Annual report of the Punjab Veterinary College and of the Civil Veterinary Department, Punjab - 1920-1925
Year: 1920
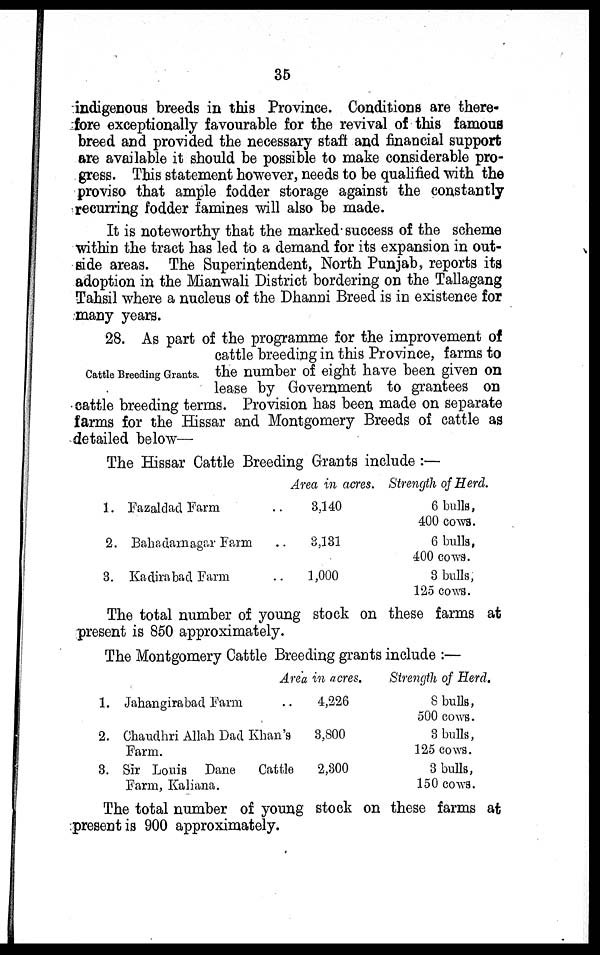
35
indigenous breeds in this Province. Conditions are there-
fore exceptionally favourable for the revival of this famous
breed and provided the necessary staff and financial support
are available it should be possible to make considerable pro-
gress. This statement however, needs to be qualified with the
proviso that ample fodder storage against the constantly
recurring fodder famines will also be made.
It is noteworthy that the marked success of the scheme
within the tract has led to a demand for its expansion in out-
side areas. The Superintendent, North Punjab, reports its
adoption in the Mianwali District bordering on the Tallagang
Tahsil where a nucleus of the Dhanni Breed is in existence for
many years.
Cattle Breeding Grants.
28. As part of the programme for the improvement of
cattle breeding in this Province, farms to
the number of eight have been given on
lease by Government to grantees on
cattle breeding terms. Provision has been made on separate
farms for the Hissar and Montgomery Breeds of cattle as
detailed below—
The Hissar Cattle Breeding Grants include :—
1.
2.
3.
Fazaldad Farm
Bahadarnagar Farm
Kadirabad Farm
Area in acres.
.. 3,140
.. 3,131
.. 1,000
Strength of Herd.
6 bulls,
400 cows.
6 bulls,
400 cows.
3 bulls,
125 cows.
The total number of young stock on these farms at
present is 850 approximately.
The Montgomery Cattle Breeding grants include :—
1.
2.
3.
Area in acres.
Jahangirabad Farm ..
Chaudhri Allah Dad Khan's
Farm.
Sir Louis Dane
Cattle
Farm, Kaliana.
4,226
3,800
2,300
Strength of Herd.
8 bulls,
500 cows.
3 bulls,
125 cows.
3 bulls,
150 cows.
The total number of young stock on these farms at
present is 900 approximately.